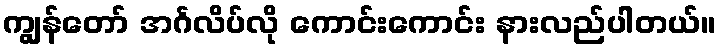
ကျွန်တော် အင်္ဂလိပ်လို ကောင်းကောင်း နားလည်ပါတယ်။